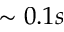
\sim 0 . 1 s